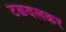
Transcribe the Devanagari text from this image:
टळवलकर